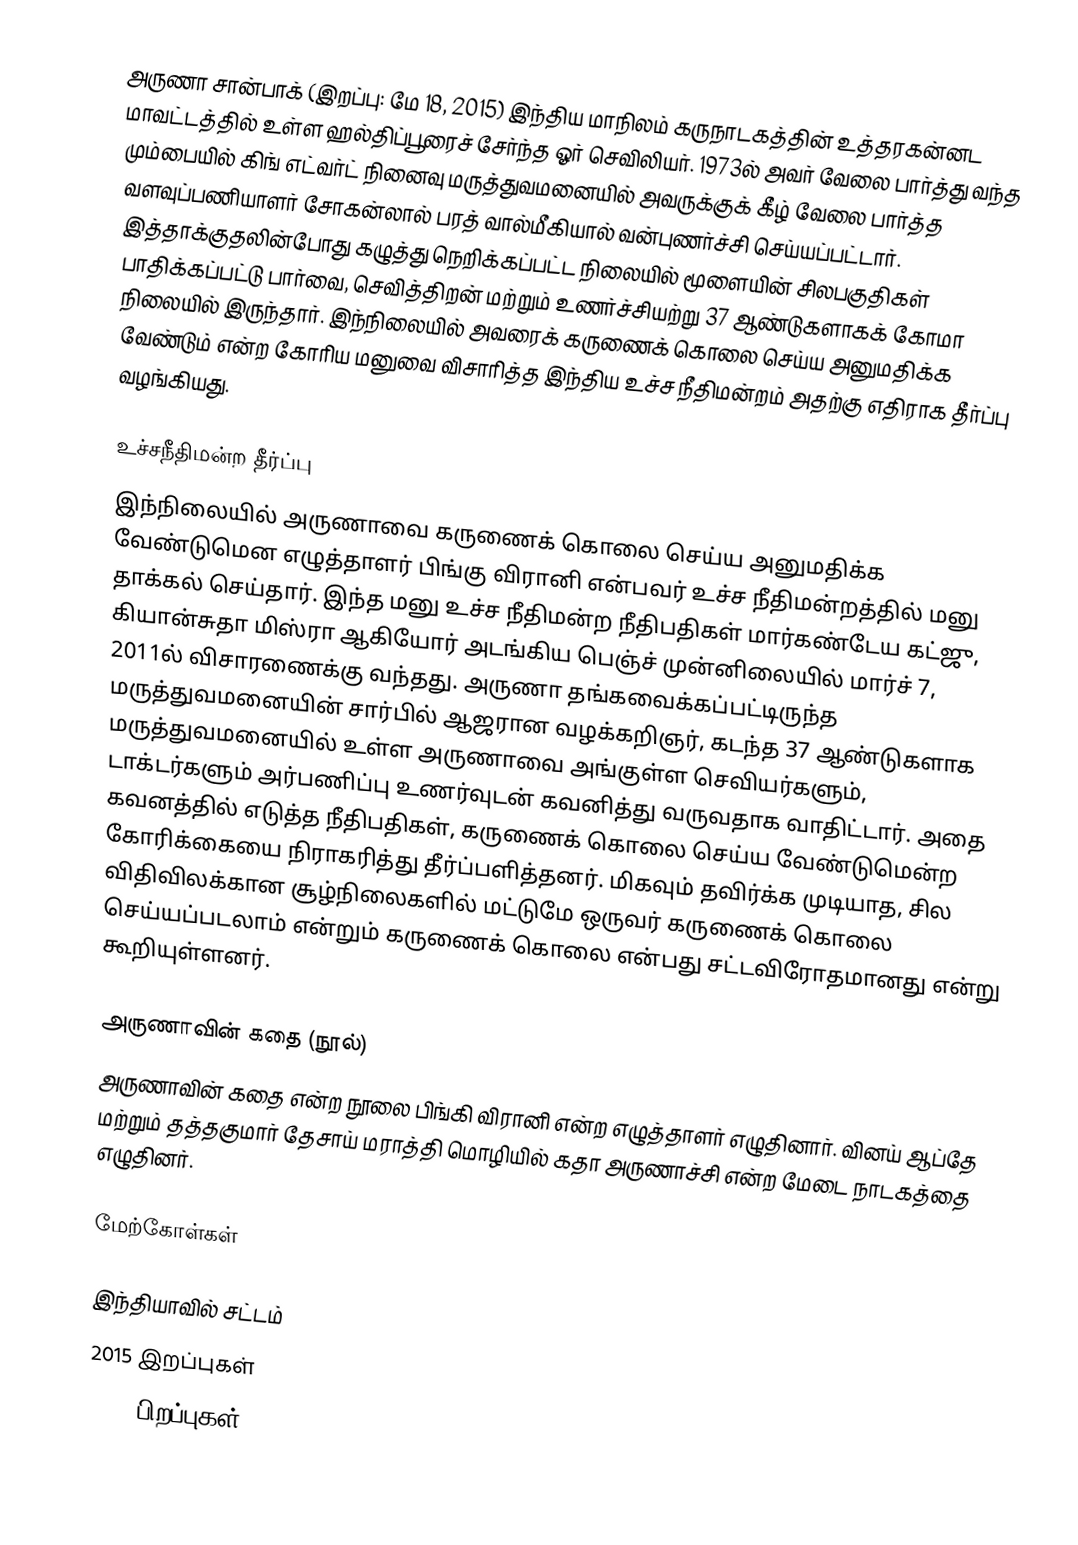
அருணா சான்பாக் (இறப்பு: மே 18, 2015) இந்திய மாநிலம் கருநாடகத்தின் உத்தரகன்னட மாவட்டத்தில் உள்ள ஹல்திப்பூரைச் சேர்ந்த ஓர் செவிலியர். 1973ல் அவர் வேலை பார்த்து வந்த மும்பையில் கிங் எட்வர்ட் நினைவு மருத்துவமனையில் அவருக்குக் கீழ் வேலை பார்த்த வளவுப்பணியாளர் சோகன்லால் பரத் வால்மீகியால் வன்புணர்ச்சி செய்யப்பட்டார். இத்தாக்குதலின்போது கழுத்து நெறிக்கப்பட்ட நிலையில் மூளையின் சிலபகுதிகள் பாதிக்கப்பட்டு பார்வை, செவித்திறன் மற்றும் உணர்ச்சியற்று 37 ஆண்டுகளாகக் கோமா நிலையில் இருந்தார். இந்நிலையில் அவரைக் கருணைக் கொலை செய்ய அனுமதிக்க வேண்டும் என்ற கோரிய மனுவை விசாரித்த இந்திய உச்ச நீதிமன்றம் அதற்கு எதிராக தீர்ப்பு வழங்கியது.

உச்சநீதிமன்ற தீர்ப்பு
இந்நிலையில் அருணாவை கருணைக் கொலை செய்ய அனுமதிக்க வேண்டுமென எழுத்தாளர் பிங்கு விரானி என்பவர் உச்ச நீதிமன்றத்தில் மனு தாக்கல் செய்தார். இந்த மனு உச்ச நீதிமன்ற நீதிபதிகள் மார்கண்டேய கட்ஜு, கியான்சுதா மிஸ்ரா ஆகியோர் அடங்கிய பெஞ்ச் முன்னிலையில் மார்ச் 7, 2011ல் விசாரணைக்கு வந்தது. அருணா தங்கவைக்கப்பட்டிருந்த மருத்துவமனையின் சார்பில் ஆஜரான வழக்கறிஞர், கடந்த 37 ஆண்டுகளாக மருத்துவமனையில் உள்ள அருணாவை அங்குள்ள செவியர்களும், டாக்டர்களும் அர்பணிப்பு உணர்வுடன் கவனித்து வருவதாக வாதிட்டார். அதை கவனத்தில் எடுத்த நீதிபதிகள், கருணைக் கொலை செய்ய வேண்டுமென்ற கோரிக்கையை நிராகரித்து தீர்ப்பளித்தனர். மிகவும் தவிர்க்க முடியாத, சில விதிவிலக்கான சூழ்நிலைகளில் மட்டுமே ஒருவர் கருணைக் கொலை செய்யப்படலாம் என்றும் கருணைக் கொலை என்பது சட்டவிரோதமானது என்று கூறியுள்ளனர்.

அருணாவின் கதை (நூல்)
அருணாவின் கதை என்ற நூலை பிங்கி விரானி என்ற எழுத்தாளர் எழுதினார். வினய் ஆப்தே மற்றும் தத்தகுமார் தேசாய் மராத்தி மொழியில் கதா அருணாச்சி என்ற மேடை நாடகத்தை எழுதினர்.

மேற்கோள்கள்

இந்தியாவில் சட்டம்
2015 இறப்புகள்
1948 பிறப்புகள்